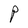
Character: P